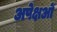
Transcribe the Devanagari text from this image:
अपेक्षओं